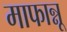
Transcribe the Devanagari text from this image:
माफान्नू